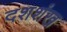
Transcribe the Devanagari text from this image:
दशशंख